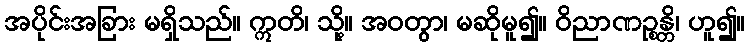
အပိုင်းအခြား မရှိသည်။ ဣတိ၊ သို့။ အဝတွာ၊ မဆိုမူ၍။ ဝိညာဏဉ္စန္တိ၊ ဟူ၍။